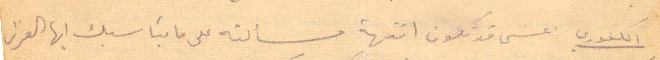
الكفوري عسى قد تكون انتهت مسألته على ما يناسبك أيها العزيز